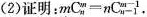
（2 ）证明 ：$$mC_{ n } ^ { m } = n C_{ n-1 } ^ { m-1}$$